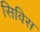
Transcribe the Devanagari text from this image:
सिविस